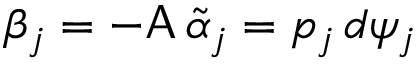
\beta _ { j } = - \mathsf { A } \, \widetilde { \alpha } _ { j } = p _ { j } \, d \psi _ { j }